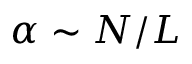
\alpha \sim N / L